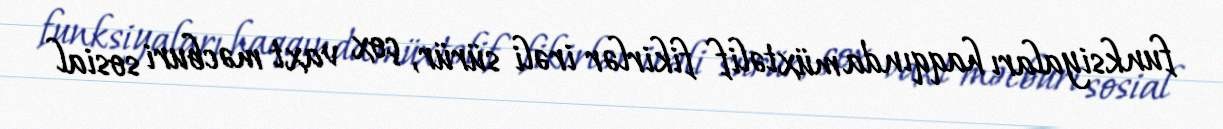
funksiyaları haqqında müxtəlif fikirlər irəli sürür, çox vaxt məcburi sosial